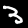
Digit: 3